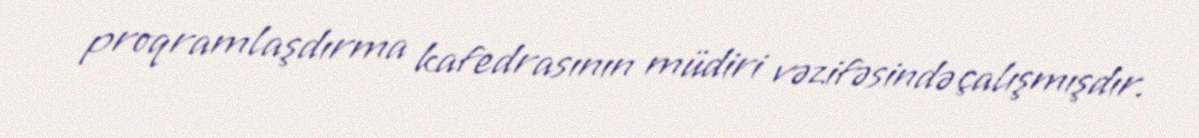
proqramlaşdırma kafedrasının müdiri vəzifəsində çalışmışdır.